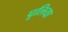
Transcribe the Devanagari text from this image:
पूलिया